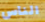
الناس